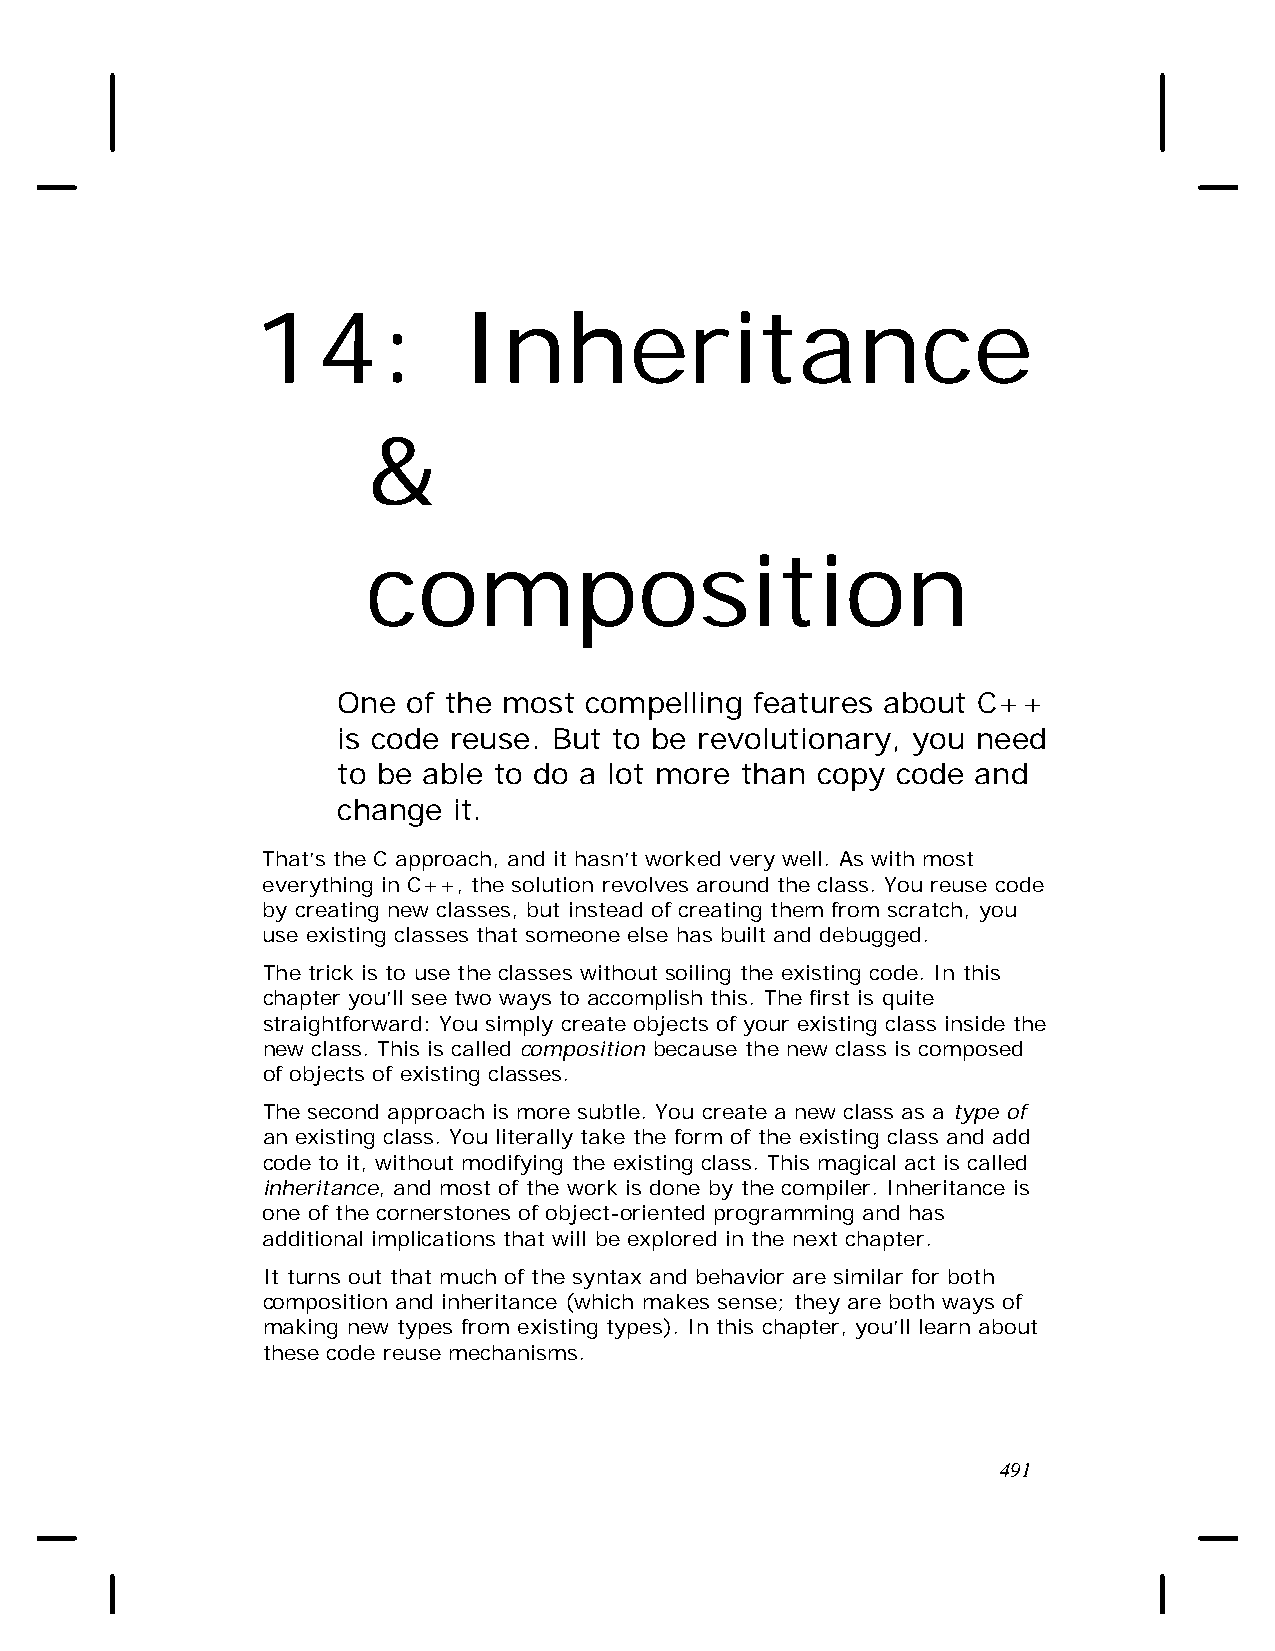
14:          Inheritance
 &
 composition
 One  of the most compelling features about C++
 is code reuse. But to be revolutionary, you need
 to be able to do a lot more than copy code and
 change  it.
 That’s the C approach, and it hasn’t worked very well. As with most
 everything in C++, the solution revolves around the class. You reuse code
 by creating new classes, but instead of creating them from scratch, you
 use existing classes that someone else has built and debugged.
 The trick is to use the classes without soiling the existing code. In this
 chapter you’ll see two ways to accomplish this. The first is quite
 straightforward: You simply create objects of your existing class inside the
 new class. This is called composition because the new class is composed
 of objects of existing classes.
 The second approach is more subtle. You create a new class as a type of
 an existing class. You literally take the form of the existing class and add
 code to it, without modifying the existing class. This magical act is called
 inheritance, and most of the work is done by the compiler. Inheritance is
 one of the cornerstones of object-oriented programming and has
 additional implications that will be explored in the next chapter.
 It turns out that much of the syntax and behavior are similar for both
 composition and inheritance (which makes sense; they are both ways of
 making new types from existing types). In this chapter, you’ll learn about
 these code reuse mechanisms.
 491